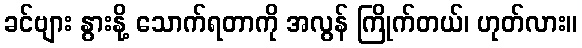
ခင်ဗျား နွားနို့ သောက်ရတာကို အလွန် ကြိုက်တယ်၊ ဟုတ်လား။